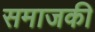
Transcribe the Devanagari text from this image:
समाजकी